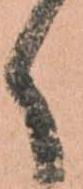
く